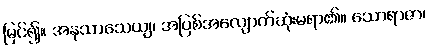
မြင်၍။ အနုသာသေယျ၊ အပြစ်အလျောက်ဆုံးမရာ၏။ သောရာဇာ၊